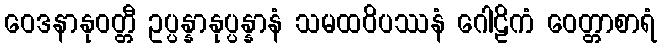
ဝေဒနာနုဝတ္တီ ဥပ္ပန္နာနုပ္ပန္နာနံ သမထဝိပဿနံ ဂေါဠိကံ ဝေတ္တာစာရံ